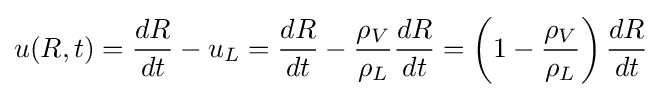
u(R,t)={\frac {dR}{dt}}-u_{L}={\frac {dR}{dt}}-{\frac {\rho _{V}}{\rho _{L}}}{\frac {dR}{dt}}=\left(1-{\frac {\rho _{V}}{\rho _{L}}}\right){\frac {dR}{dt}}